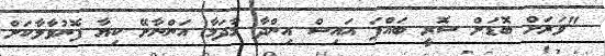
"ވަރަށް ބޮޑަށް ސޮރީ ބައްޕަ އައިސް އިންދާ މާދަމާ އަންނާށޭ ކިޔާ ފޮނުވާލާކަށް